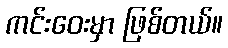
ကင်းဝေးမှာ ဖြစ်တယ်။